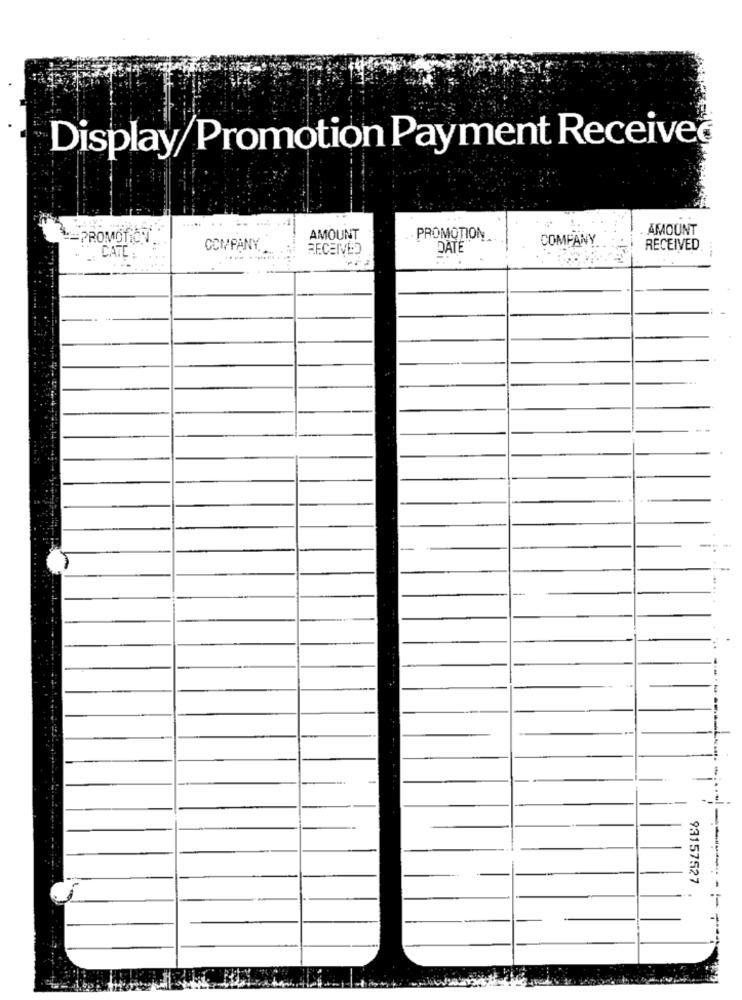
Display/Promotion Payment Received
. AMOUNT
PROMOTIONT.
AMOUNT
PROMOTION
COMPANY
COMPANY.
RECEIVED
DATE
RECEIVED
CATE
93157527